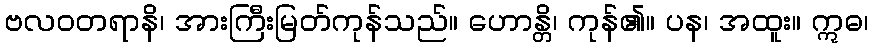
ဗလဝတရာနိ၊ အားကြီးမြတ်ကုန်သည်။ ဟောန္တိ၊ ကုန်၏။ ပန၊ အထူး။ ဣဓ၊